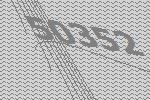
50352